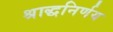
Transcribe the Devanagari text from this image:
श्राद्धनिर्णय